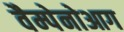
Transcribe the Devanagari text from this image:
वैम्पेनोआग